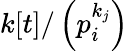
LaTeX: k[t]/\left(p_{i}^{k_{j}}\right)